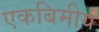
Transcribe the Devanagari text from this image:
एकबिमीय